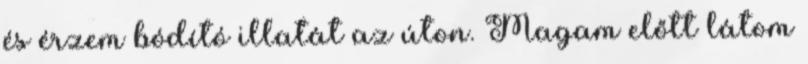
és érzem bódító illatát az úton. Magam előtt látom